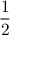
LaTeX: \frac { 1 } { 2 }